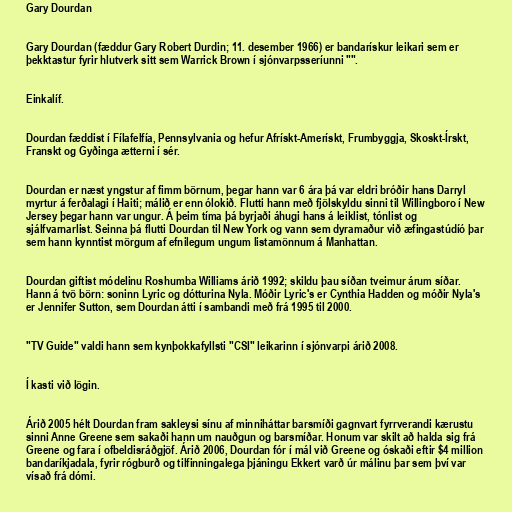
Gary Dourdan

Gary Dourdan (fæddur Gary Robert Durdin; 11. desember 1966) er bandarískur leikari sem er
þekktastur fyrir hlutverk sitt sem Warrick Brown í sjónvarpsseríunni "".

Einkalíf.

Dourdan fæddist í Fílafelfía, Pennsylvania og hefur Afrískt-Amerískt, Frumbyggja, Skoskt-Írskt,
Franskt og Gyðinga ætterni í sér.

Dourdan er næst yngstur af fimm börnum, þegar hann var 6 ára þá var eldri bróðir hans Darryl
myrtur á ferðalagi í Haiti; málið er enn ólokið. Flutti hann með fjölskyldu sinni til Willingboro í New
Jersey þegar hann var ungur. Á þeim tíma þá byrjaði áhugi hans á leiklist, tónlist og
sjálfvarnarlist. Seinna þá flutti Dourdan til New York og vann sem dyramaður við æfingastúdíó þar
sem hann kynntist mörgum af efnilegum ungum listamönnum á Manhattan.

Dourdan giftist módelinu Roshumba Williams árið 1992; skildu þau síðan tveimur árum síðar.
Hann á tvö börn: soninn Lyric og dótturina Nyla. Móðir Lyric's er Cynthia Hadden og móðir Nyla's
er Jennifer Sutton, sem Dourdan átti í sambandi með frá 1995 til 2000.

"TV Guide" valdi hann sem kynþokkafyllsti "CSI" leikarinn í sjónvarpi árið 2008.

Í kasti við lögin.

Árið 2005 hélt Dourdan fram sakleysi sínu af minniháttar barsmíði gagnvart fyrrverandi kærustu
sinni Anne Greene sem sakaði hann um nauðgun og barsmíðar. Honum var skilt að halda sig frá
Greene og fara í ofbeldisráðgjöf. Árið 2006, Dourdan fór í mál við Greene og óskaði eftir $4 million
bandaríkjadala, fyrir rógburð og tilfinningalega þjáningu Ekkert varð úr málinu þar sem því var
vísað frá dómi.